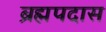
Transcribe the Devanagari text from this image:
ब्रह्मपदास